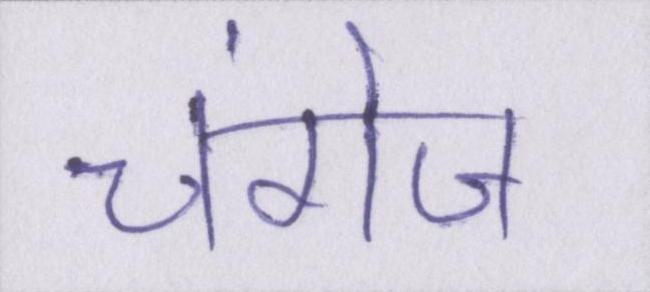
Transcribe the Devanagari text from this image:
चंगेज